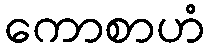
ကောစာဟံ